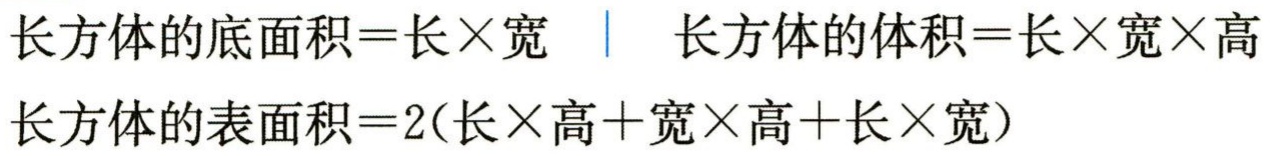
长方体的底面积=长×宽  长方体的体积=长×宽×高
长方体的表面积=2(长×高+宽×高+长×宽)